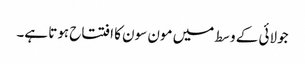
جولائی کے وسط میں مون سون کا افتتاح ہوتا ہے۔